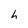
Character: h